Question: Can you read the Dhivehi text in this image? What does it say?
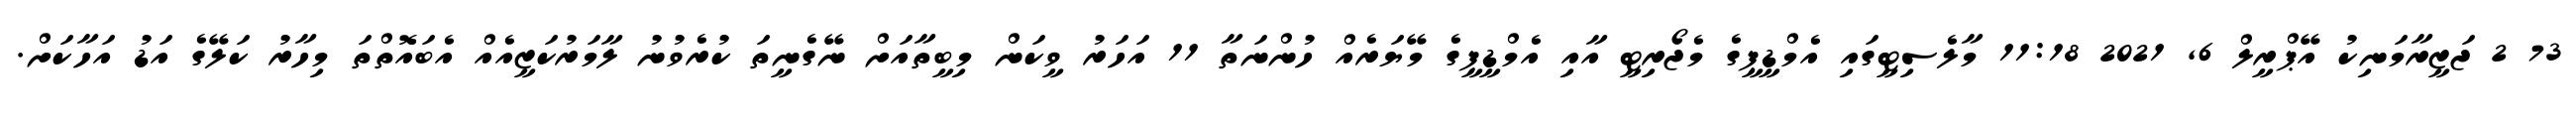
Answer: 73 2 ޖަޒީރާމަނިކު އޭޕްރީލް 6, 2021 11:18 މާލެސިޓީގައި އެމްޑީޕީގެ މެޖޯރިޓީ އާއި އެމްޑީޕީގެ މޭޔަރެއް ހުންނަތާ 11 އަހަރު ވީކަން މިބީތާއަށް ނޭގެނީތަ ކުރެވުނު ލާމަރުކަޒީއެއް އެބައޮތްތަ މިހާރު ކަލޭގެ އަޑު އަހާކަށް.